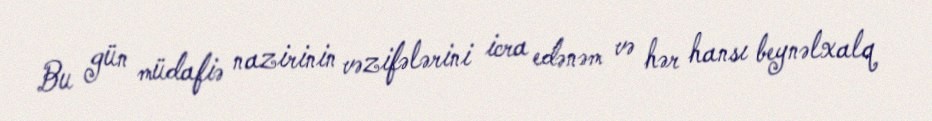
Bu gün müdafiə nazirinin vəzifələrini icra edənəm və hər hansı beynəlxalq